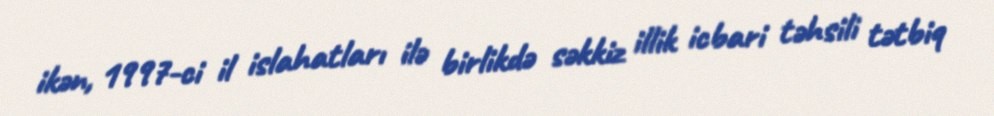
ikən, 1997-ci il islahatları ilə birlikdə səkkiz illik icbari təhsili tətbiq